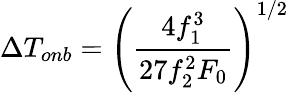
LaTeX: \Delta T_{onb}=\left(\frac{4f_{1}^{3}}{27f_{2}^{2}F_{0}}\right)^{1/2}